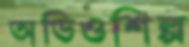
অডিওশিল্প